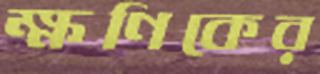
ক্ষণিকের